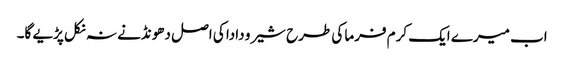
اب میرے ایک کرم فرما کی طرح شیرو دادا کی اصل دھونڈنے نہ نکل پڑیے گا۔